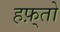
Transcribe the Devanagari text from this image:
हफ़्तो